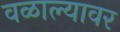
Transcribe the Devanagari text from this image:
वळाल्यावर